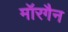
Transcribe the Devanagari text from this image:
मॉरगैन